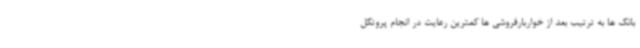
بانک ها به ترتیب بعد از خواربارفروشی ها کمترین رعایت در انجام پروتکل